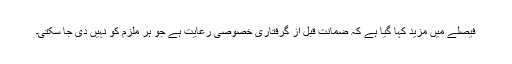
فیصلے میں مزید کہا گیا ہے کہ ضمانت قبل از گرفتاری خصوصی رعایت ہے جو ہر ملزم کو نہیں دی جا سکتی۔